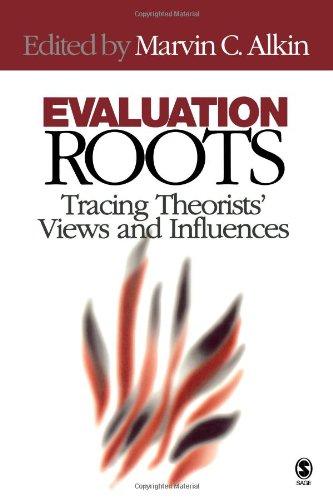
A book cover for Evaluation Roots: Tracing Theorists' Views and Influences; Marvin C. Alkin; Computers & Technology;